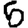
Digit: 5